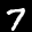
Label: 7